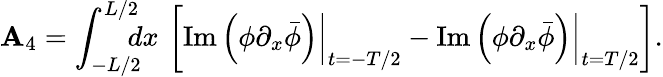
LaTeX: \mathbf{A}_{4}=\int_{-L/2}^{L/2}\! \! \! \! dx\, \left[\left.\mathrm{{Im}}\left(\phi\partial_{x}\bar{{\phi}}\right)\right|_{t=-T/2}-\left.\mathrm{{Im}}\left(\phi\partial_{x}\bar{{\phi}}\right)\right|_{t=T/2}\right].